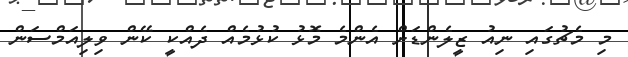
މި މެޗުގައި ނިއު ޒީލެންޑަށް އެންމެ މޮޅު ކުުޅުމެއް ދެއްކީ ކޭން ވިލިއަމްސަން